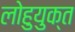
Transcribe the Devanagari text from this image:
लोहुयुक्त